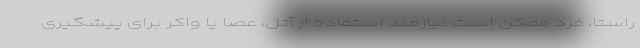
راستا، فرد ممکن است نیازمند استفاده از آتل، عصا یا واکر برای پیشگیری